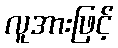
လူအားဖြင့်